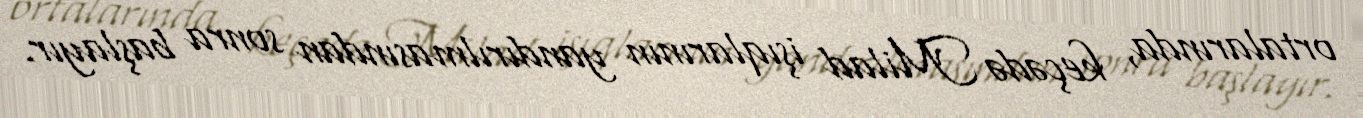
ortalarında, keçədə Milad işıqlarının yandırılmasından sonra başlayır.